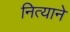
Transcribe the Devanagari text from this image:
नित्याने